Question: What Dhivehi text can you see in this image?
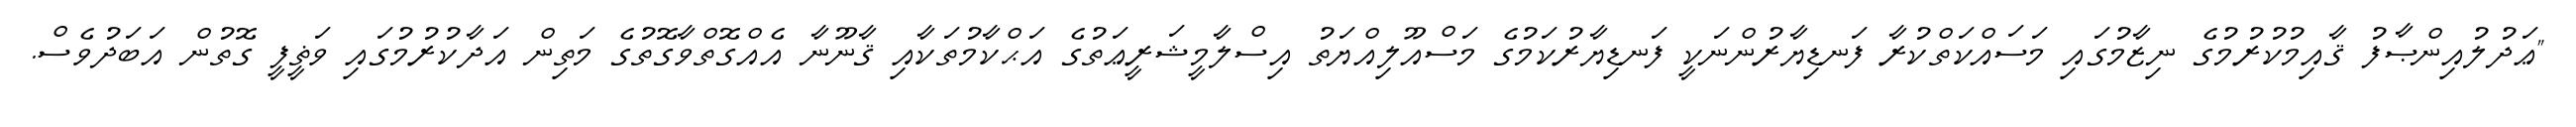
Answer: "ޢަދުލުއިންޞާފު ޤާއިމުކުރުމުގެ ނިޒާމުގައި މަސައްކަތްކުރާ ފަނޑިޔާރުންނަކީ ފަނޑިޔާރުކަމުގެ މަސްއޫލިއްޔަތު އިސްލާމީޝަރީޢަތުގެ އަޙްކާމުތަކާއި ޤާނޫނާ އެއްގޮތްވާގޮތުގެ މަތިން އަދާކުރުމުގައި ވަޡީފީ ގޮތުން އަބަދުވެސް.